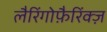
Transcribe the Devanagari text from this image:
लैरिंगोफ़ैरिंक्ज़